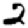
Digit: 2